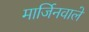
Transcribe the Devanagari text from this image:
मार्जिनवाले